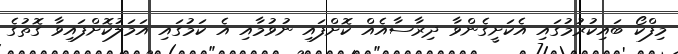
މިފްކޯ ބައިކުރުމުގައި އެކަށީގެންވާ ދިރާސާއެއް ކޮށްފައި ނުވުމާއި އެ ކަމުގައި އަމަލުކޮށްފައިވާ ގޮތުގެ